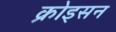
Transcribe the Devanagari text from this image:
क्रोइसन